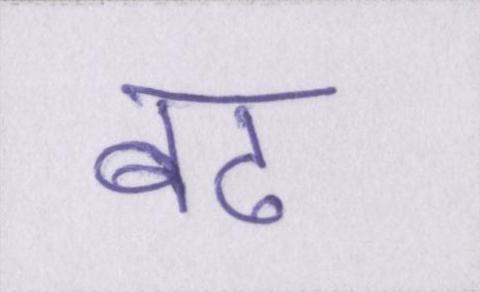
बढ